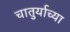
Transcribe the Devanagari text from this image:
चातुर्याच्या